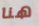
هنا